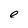
Character: e